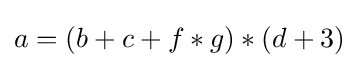
a=(b+c+f*g)*(d+3)